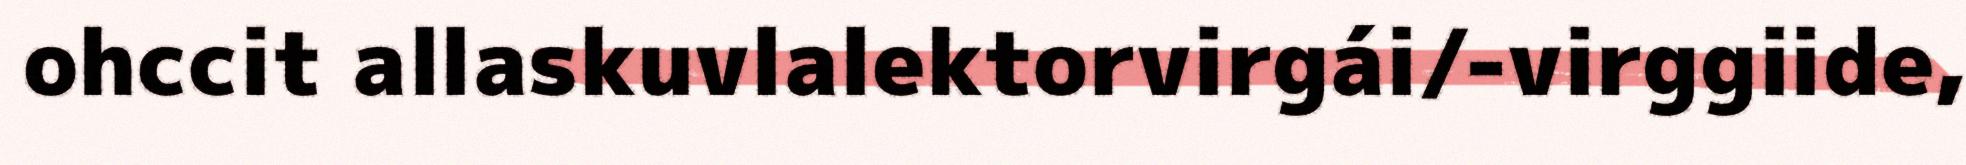
ohccit allaskuvlalektorvirgái/-virggiide,